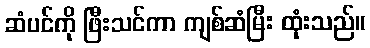
ဆံပင်ကို ဖြီးသင်ကာ ကျစ်ဆံမြီး ထုံးသည်။